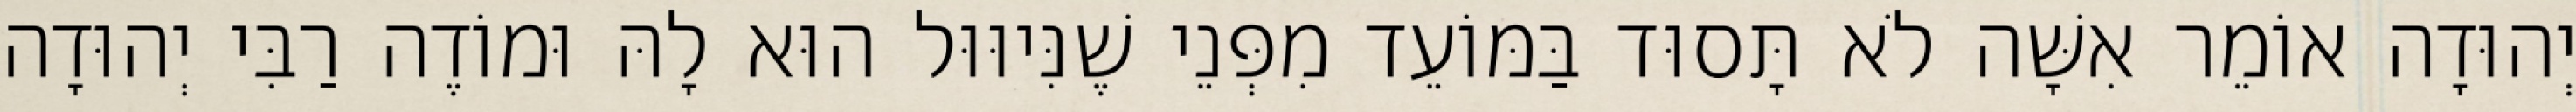
יְהוּדָה אוֹמֵר אִשָּׁה לֹא תָּסוּד בַּמּוֹעֵד מִפְּנֵי שֶׁנִּיוּוּל הוּא לָהּ וּמוֹדֶה רַבִּי יְהוּדָה